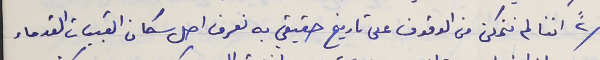
٢" اننا لم نتمكن من الوقوف على تاريخ حقيقي به نعرف اصل سكان القبيات القدماء